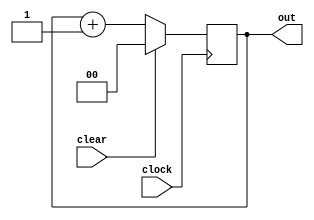



module counter (clock, clear, out);

	input clock, clear;
	output reg [1:0] out;

	initial #2 out = 2'b00;
	
	always @(posedge clock) begin
	
		if(clear == 1)
			out <= 2'b00;
		else
			out <= out + 1'b1;
	end

endmodule